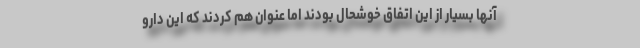
آنها بسیار از این اتفاق خوشحال بودند اما عنوان هم کردند که این دارو